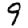
Digit: 9